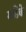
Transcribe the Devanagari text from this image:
मडिके